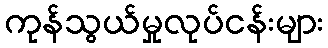
ကုန်သွယ်မှုလုပ်ငန်းများ